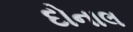
દોનાલ